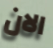
الان